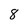
Character: 8